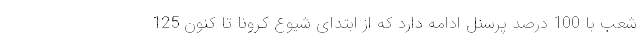
شعب با 100 درصد پرسنل ادامه دارد که از ابتدای شیوع کرونا تا کنون 125